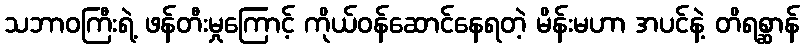
သဘာဝကြီးရဲ့ ဖန်တီးမှုကြောင့် ကိုယ်ဝန်ဆောင်နေရတဲ့ မိန်းမဟာ အပင်နဲ့ တိရစ္ဆာန်